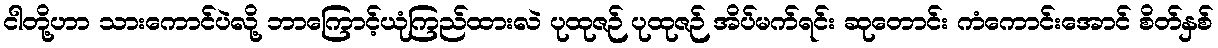
ငါတို့ဟာ သားကောင်ပဲလို့ ဘာကြောင့်ယုံကြည်ထားလဲ ပုထုဇဉ် ပုထုဇဉ် အိပ်မက်ရင်း ဆုတောင်း ကံကောင်းအောင် စိတ်နှစ်